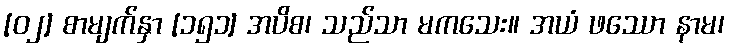
[၀၂] စာမျက်နှာ [၁၅၁] အပိစ၊ သည်သာ မကသေး။ အယံ ဖဿော နာမ၊